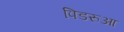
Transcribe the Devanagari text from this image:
पिडरुआ